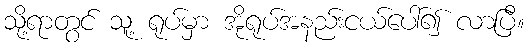
သို့ရာတွင် သူ့ ရုပ်မှာ အိုရုပ်အနည်းငယ်ပေါ်၍ လာပြီ။